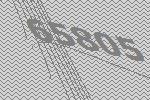
65805